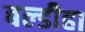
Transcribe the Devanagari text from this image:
बल्डीहा